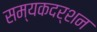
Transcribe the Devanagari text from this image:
सम्यकदर्शन